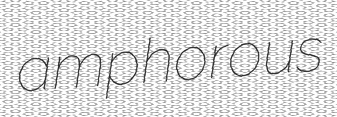
amphorous